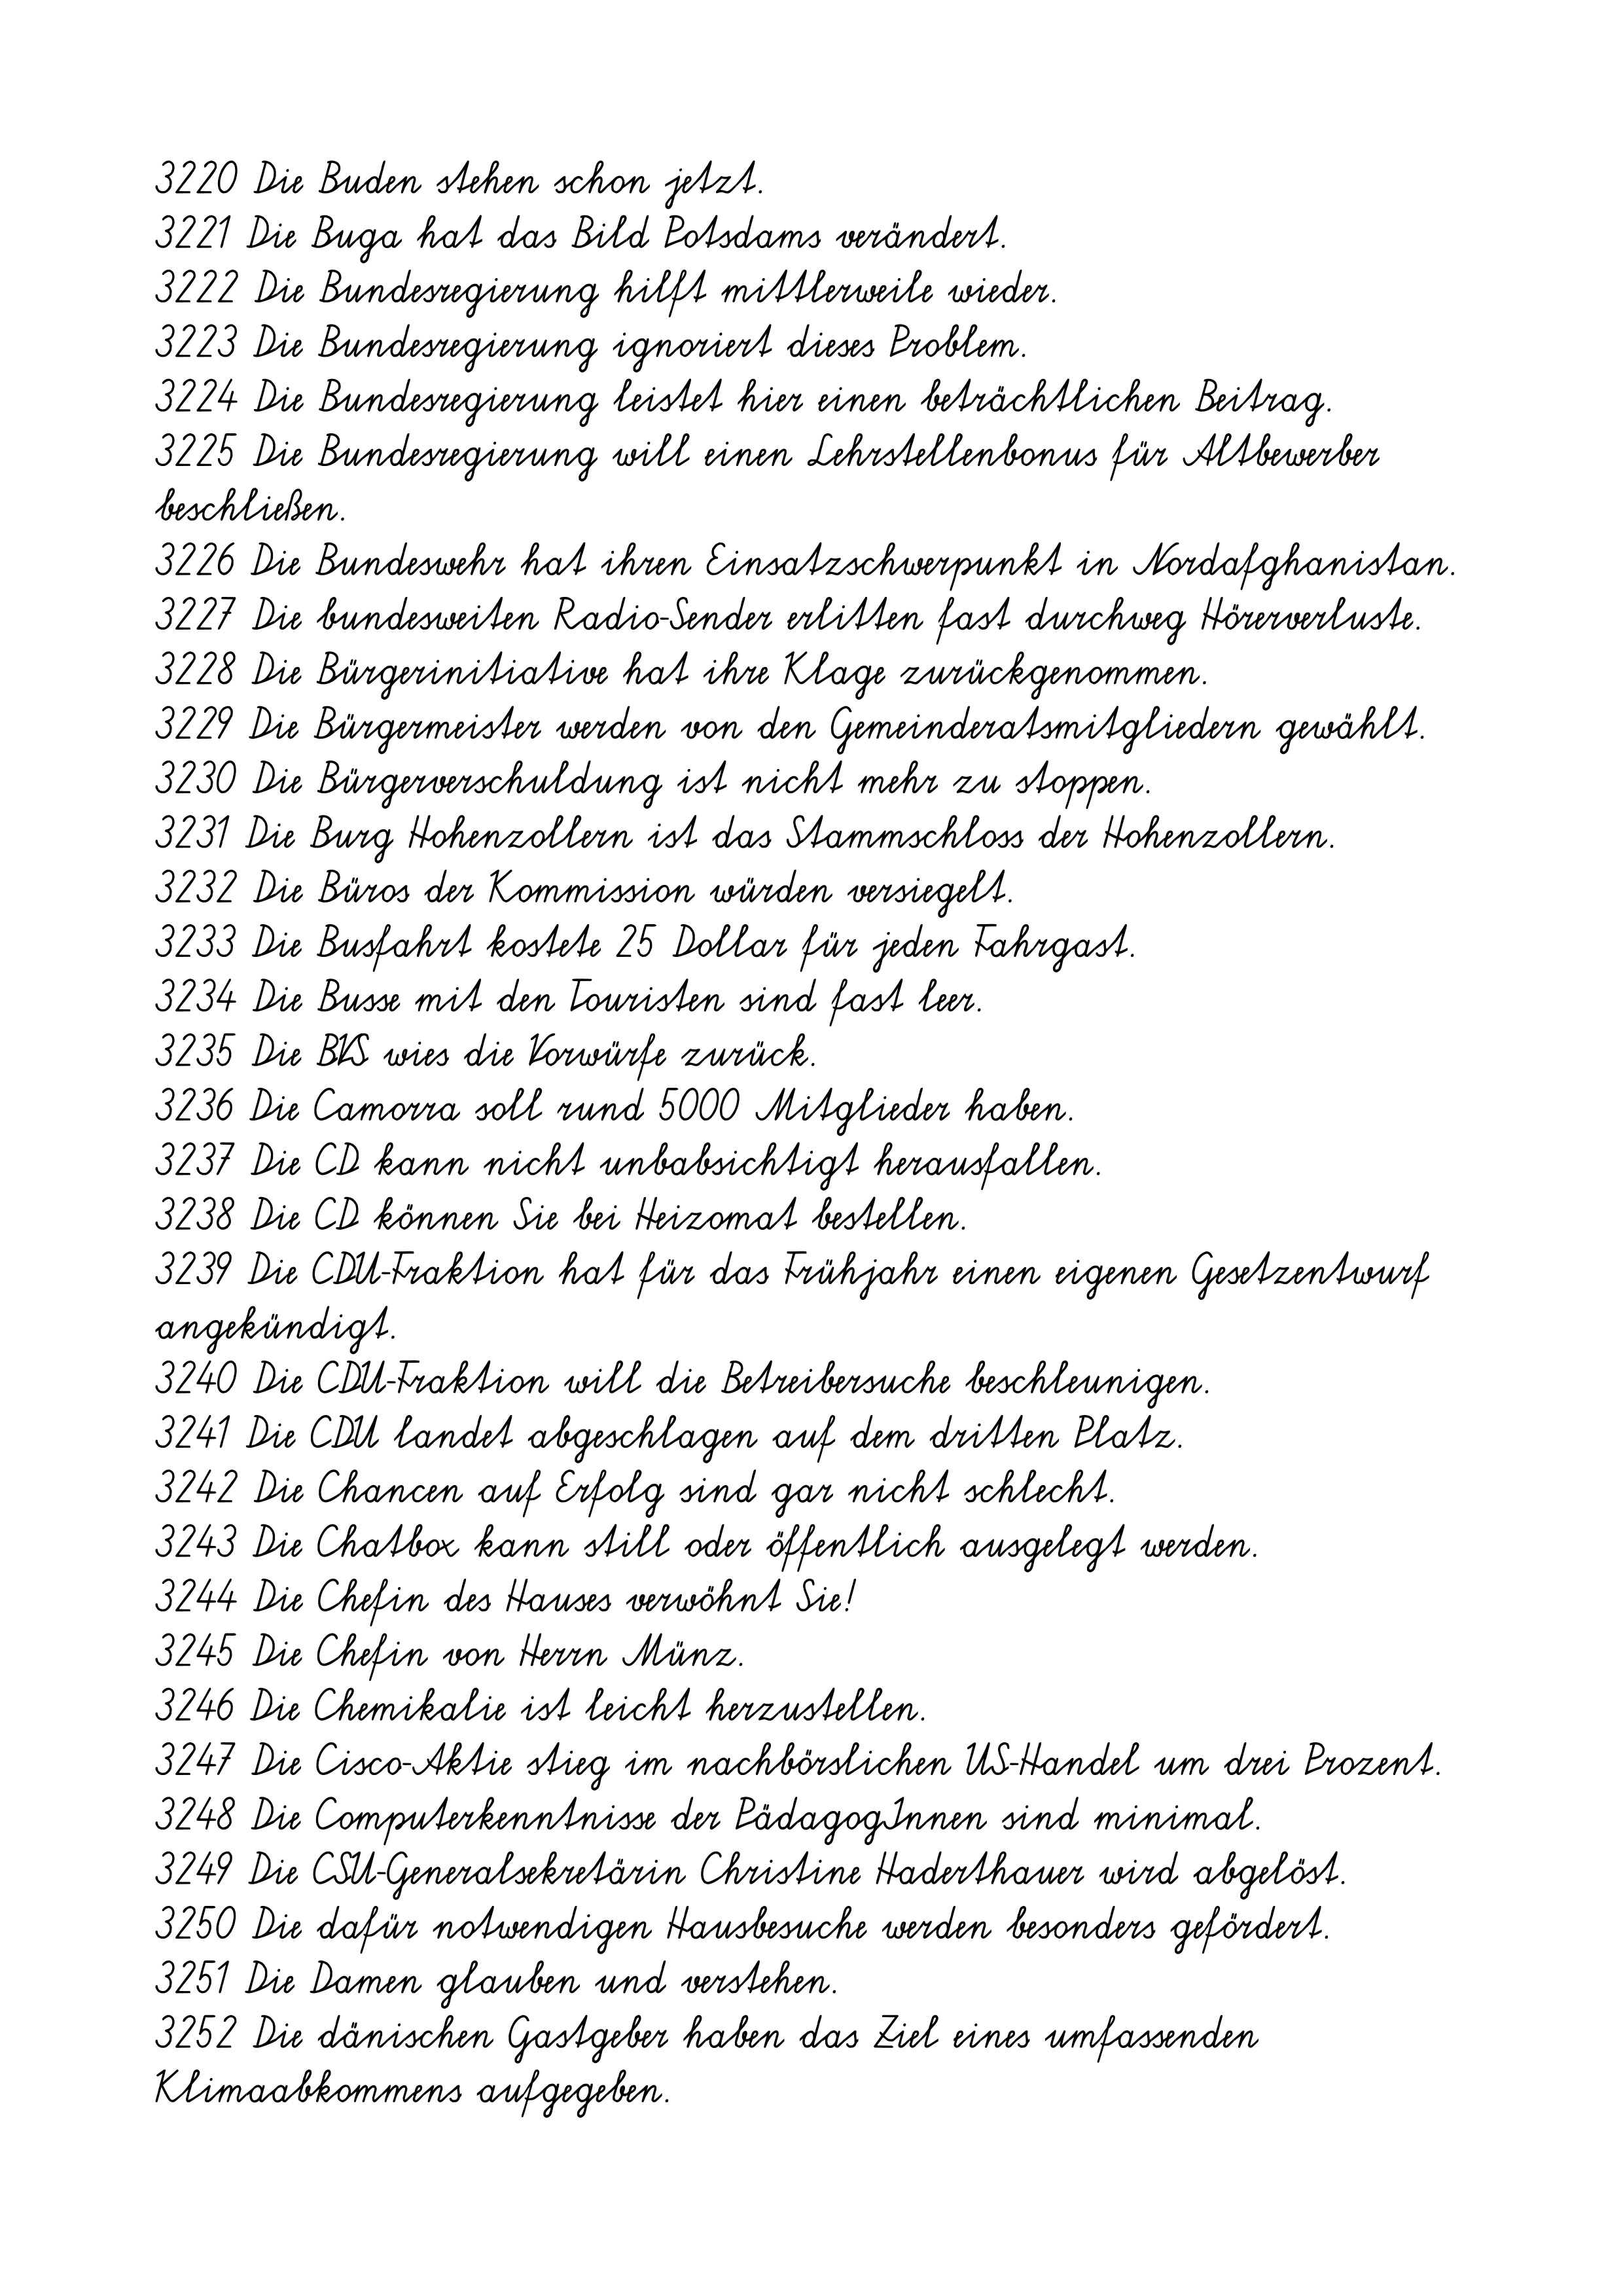
3220 Die Buden stehen schon jetzt.
3221 Die Buga hat das Bild Potsdams verändert.
3222 Die Bundesregierung hilft mittlerweile wieder.
3223 Die Bundesregierung ignoriert dieses Problem.
3224 Die Bundesregierung leistet hier einen beträchtlichen Beitrag.
3225 Die Bundesregierung will einen Lehrstellenbonus für Altbewerber
beschließen.
3226 Die Bundeswehr hat ihren Einsatzschwerpunkt in Nordafghanistan.
3227 Die bundesweiten Radio-Sender erlitten fast durchweg Hörerverluste.
3228 Die Bürgerinitiative hat ihre Klage zurückgenommen.
3229 Die Bürgermeister werden von den Gemeinderatsmitgliedern gewählt.
3230 Die Bürgerverschuldung ist nicht mehr zu stoppen.
3231 Die Burg Hohenzollern ist das Stammschloss der Hohenzollern.
3232 Die Büros der Kommission würden versiegelt.
3233 Die Busfahrt kostete 25 Dollar für jeden Fahrgast.
3234 Die Busse mit den Touristen sind fast leer.
3235 Die BVS wies die Vorwürfe zurück.
3236 Die Camorra soll rund 5000 Mitglieder haben.
3237 Die CD kann nicht unbabsichtigt herausfallen.
3238 Die CD können Sie bei Heizomat bestellen.
3239 Die CDU-Fraktion hat für das Frühjahr einen eigenen Gesetzentwurf
angekündigt.
3240 Die CDU-Fraktion will die Betreibersuche beschleunigen.
3241 Die CDU landet abgeschlagen auf dem dritten Platz.
3242 Die Chancen auf Erfolg sind gar nicht schlecht.
3243 Die Chatbox kann still oder öffentlich ausgelegt werden.
3244 Die Chefin des Hauses verwöhnt Sie!
3245 Die Chefin von Herrn Münz.
3246 Die Chemikalie ist leicht herzustellen.
3247 Die Cisco-Aktie stieg im nachbörslichen US-Handel um drei Prozent.
3248 Die Computerkenntnisse der PädagogInnen sind minimal.
3249 Die CSU-Generalsekretärin Christine Haderthauer wird abgelöst.
3250 Die dafür notwendigen Hausbesuche werden besonders gefördert.
3251 Die Damen glauben und verstehen.
3252 Die dänischen Gastgeber haben das Ziel eines umfassenden
Klimaabkommens aufgegeben.